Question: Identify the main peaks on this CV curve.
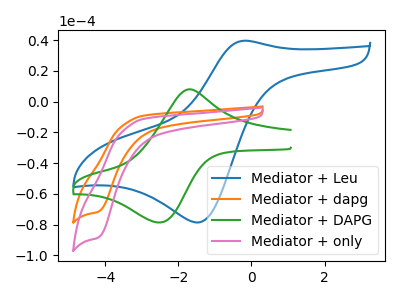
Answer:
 <answer>The blue curve "Mediator + Leu" has an anodic peak at (-0.20V, 39.70uA) and a cathodic peak at (-1.45V, -78.55uA). The orange curve "Mediator + dapg" has a cathodic peak at: (-4.20V, -71.55uA). The green curve "Mediator + DAPG" has an anodic peak at (-1.75V, 7.80uA) and a cathodic peak at (-2.50V, -78.60uA). The pink curve "Mediator + only" has a cathodic peak at: (-4.20V, -88.35uA).</answer>
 <eval></eval>